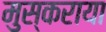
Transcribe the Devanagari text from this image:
मुस्कराया